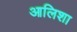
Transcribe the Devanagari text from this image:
आलिशा